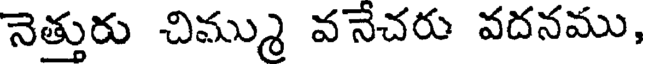
నెత్తురు చిమ్ము వనేచరు వదనము,